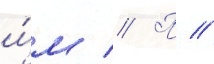
и́м // П //